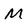
Character: M